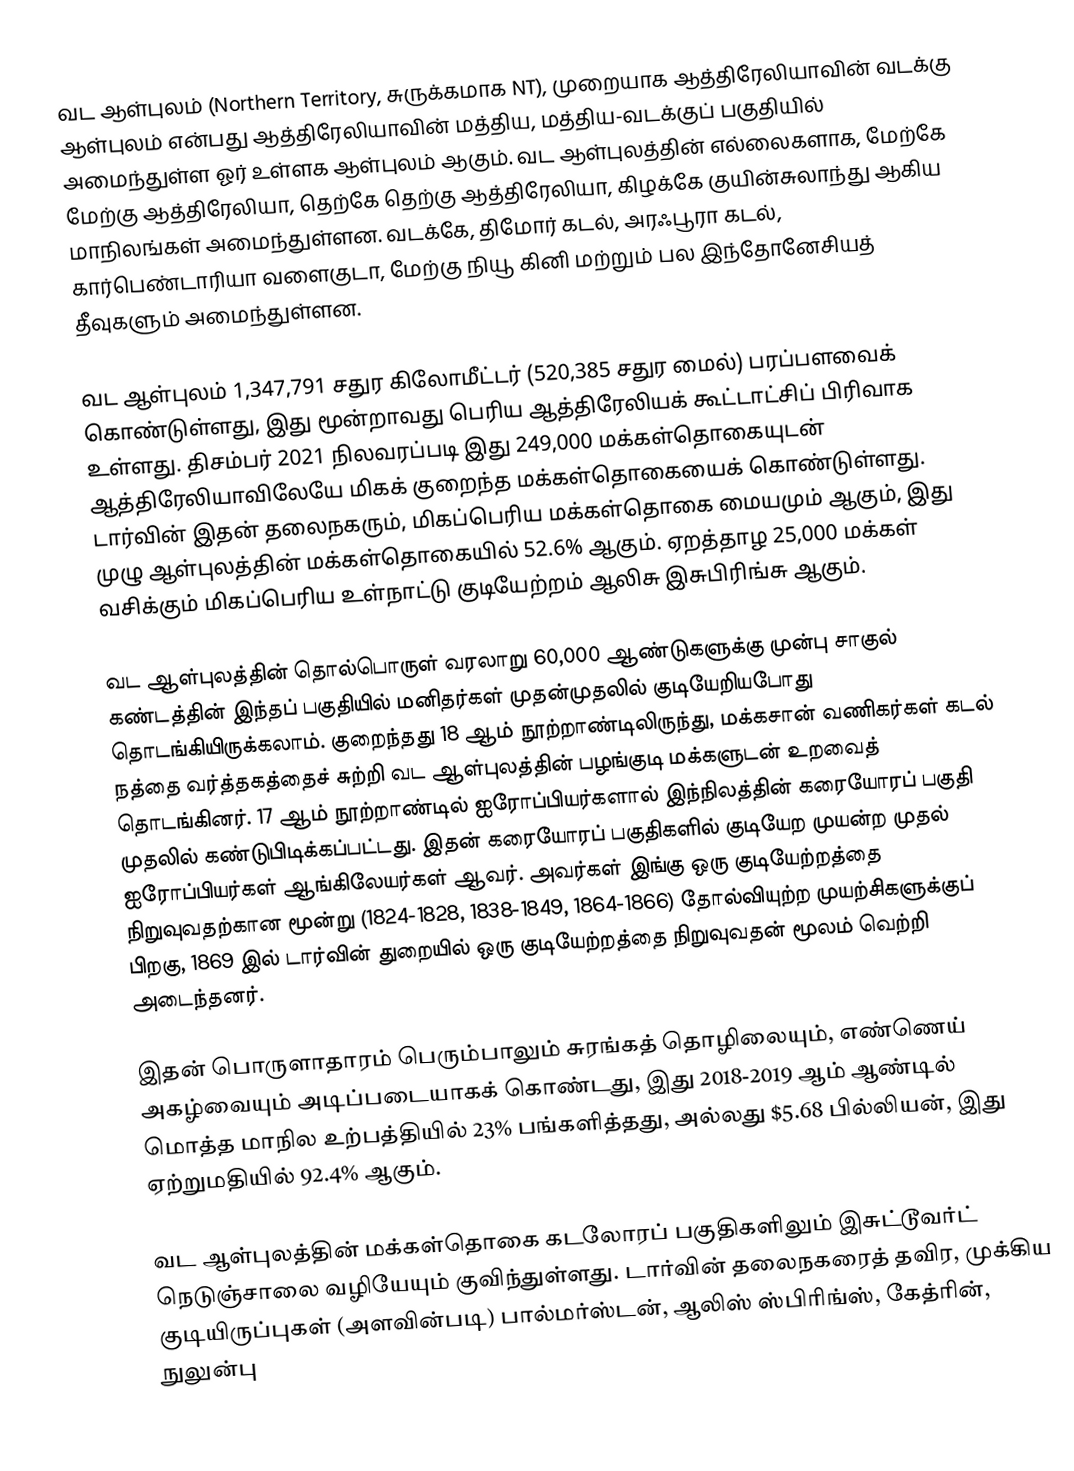
வட ஆள்புலம் (Northern Territory, சுருக்கமாக NT), முறையாக ஆத்திரேலியாவின் வடக்கு ஆள்புலம்  என்பது ஆத்திரேலியாவின் மத்திய, மத்திய-வடக்குப் பகுதியில் அமைந்துள்ள ஓர் உள்ளக ஆள்புலம் ஆகும். வட ஆள்புலத்தின் எல்லைகளாக, மேற்கே மேற்கு ஆத்திரேலியா, தெற்கே தெற்கு ஆத்திரேலியா, கிழக்கே குயின்சுலாந்து ஆகிய மாநிலங்கள் அமைந்துள்ளன. வடக்கே, திமோர் கடல், அரஃபூரா கடல், கார்பெண்டாரியா வளைகுடா, மேற்கு நியூ கினி மற்றும் பல இந்தோனேசியத் தீவுகளும் அமைந்துள்ளன.

வட ஆள்புலம் 1,347,791 சதுர கிலோமீட்டர் (520,385 சதுர மைல்) பரப்பளவைக் கொண்டுள்ளது, இது மூன்றாவது பெரிய ஆத்திரேலியக் கூட்டாட்சிப் பிரிவாக உள்ளது. திசம்பர் 2021 நிலவரப்படி இது 249,000 மக்கள்தொகையுடன் ஆத்திரேலியாவிலேயே  மிகக் குறைந்த மக்கள்தொகையைக் கொண்டுள்ளது. டார்வின் இதன் தலைநகரும், மிகப்பெரிய மக்கள்தொகை மையமும் ஆகும், இது முழு ஆள்புலத்தின் மக்கள்தொகையில் 52.6% ஆகும். ஏறத்தாழ 25,000 மக்கள் வசிக்கும் மிகப்பெரிய உள்நாட்டு குடியேற்றம் ஆலிசு இசுபிரிங்சு ஆகும்.

வட ஆள்புலத்தின் தொல்பொருள் வரலாறு 60,000 ஆண்டுகளுக்கு முன்பு சாகுல் கண்டத்தின் இந்தப் பகுதியில் மனிதர்கள் முதன்முதலில் குடியேறியபோது தொடங்கியிருக்கலாம். குறைந்தது 18 ஆம் நூற்றாண்டிலிருந்து, மக்கசான் வணிகர்கள் கடல் நத்தை வர்த்தகத்தைச் சுற்றி வட ஆள்புலத்தின் பழங்குடி மக்களுடன் உறவைத் தொடங்கினர். 17 ஆம் நூற்றாண்டில் ஐரோப்பியர்களால் இந்நிலத்தின் கரையோரப் பகுதி முதலில் கண்டுபிடிக்கப்பட்டது. இதன் கரையோரப் பகுதிகளில் குடியேற முயன்ற முதல் ஐரோப்பியர்கள் ஆங்கிலேயர்கள் ஆவர். அவர்கள் இங்கு ஒரு குடியேற்றத்தை நிறுவுவதற்கான மூன்று (1824-1828, 1838-1849, 1864-1866) தோல்வியுற்ற முயற்சிகளுக்குப் பிறகு, 1869 இல் டார்வின் துறையில் ஒரு குடியேற்றத்தை நிறுவுவதன் மூலம் வெற்றி அடைந்தனர்.

இதன் பொருளாதாரம் பெரும்பாலும் சுரங்கத் தொழிலையும், எண்ணெய் அகழ்வையும் அடிப்படையாகக் கொண்டது, இது 2018-2019 ஆம் ஆண்டில் மொத்த மாநில உற்பத்தியில் 23% பங்களித்தது, அல்லது $5.68 பில்லியன், இது ஏற்றுமதியில் 92.4% ஆகும்.

வட ஆள்புலத்தின் மக்கள்தொகை கடலோரப் பகுதிகளிலும் இசுட்டூவர்ட் நெடுஞ்சாலை வழியேயும் குவிந்துள்ளது. டார்வின் தலைநகரைத் தவிர, முக்கிய குடியிருப்புகள் (அளவின்படி) பால்மர்ஸ்டன், ஆலிஸ் ஸ்பிரிங்ஸ், கேத்ரின், நுலுன்பு